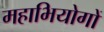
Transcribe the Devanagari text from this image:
महाभियोगों